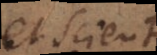
et sciunt